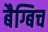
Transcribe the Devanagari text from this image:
बैग्बिच